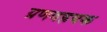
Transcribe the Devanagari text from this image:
ग्रणवह्रयक